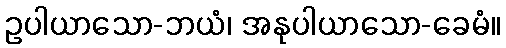
ဥပါယာသော-ဘယံ၊ အနုပါယာသော-ခေမံ။